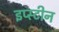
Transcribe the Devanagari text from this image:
इप्स्टीन